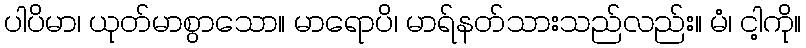
ပါပိမာ၊ ယုတ်မာစွာသော။ မာရောပိ၊ မာရ်နတ်သားသည်လည်း။ မံ၊ ငါ့ကို။